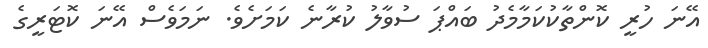
އޭނަ ހުރީ ކޮންތާކުކަމާމެދު ބައްޕަ ސުވާލު ކުރާނެ ކަމަށެވެ. ނަމަވެސް އޭނަ ކޮޓަރީގެ